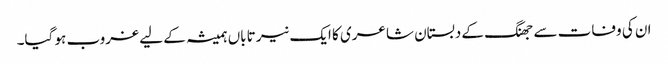
ان کی وفات سے جھنگ کے دبستان شاعری کا ایک نیر تاباں ہمیشہ کے لیے غروب ہو گیا۔